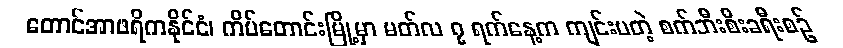
တောင်အာဖရိကနိုင်ငံ၊ ကိပ်တောင်းမြို့မှာ မတ်လ ၇ ရက်နေ့က ကျင်းပတဲ့ စက်ဘီးစီးခရီးစဉ်